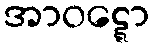
အာဝဋ္ဋော